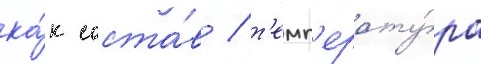
ка́к соста́в / т'емп'ерату́ра